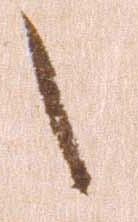
之